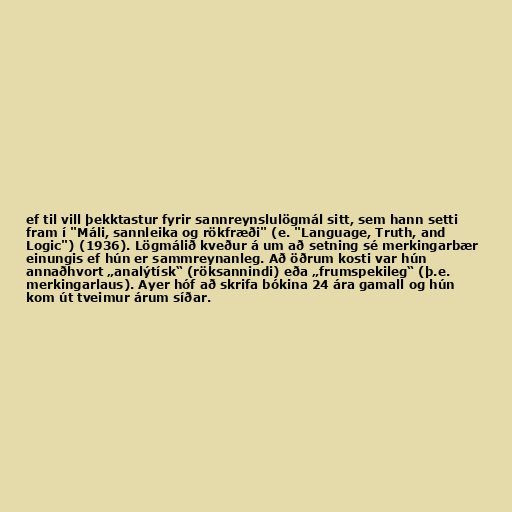
ef til vill þekktastur fyrir sannreynslulögmál sitt, sem hann setti
fram í "Máli, sannleika og rökfræði" (e. "Language, Truth, and
Logic") (1936). Lögmálið kveður á um að setning sé merkingarbær
einungis ef hún er sammreynanleg. Að öðrum kosti var hún
annaðhvort „analýtísk“ (röksannindi) eða „frumspekileg“ (þ.e.
merkingarlaus). Ayer hóf að skrifa bókina 24 ára gamall og hún
kom út tveimur árum síðar.